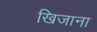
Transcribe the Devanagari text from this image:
खिजाना